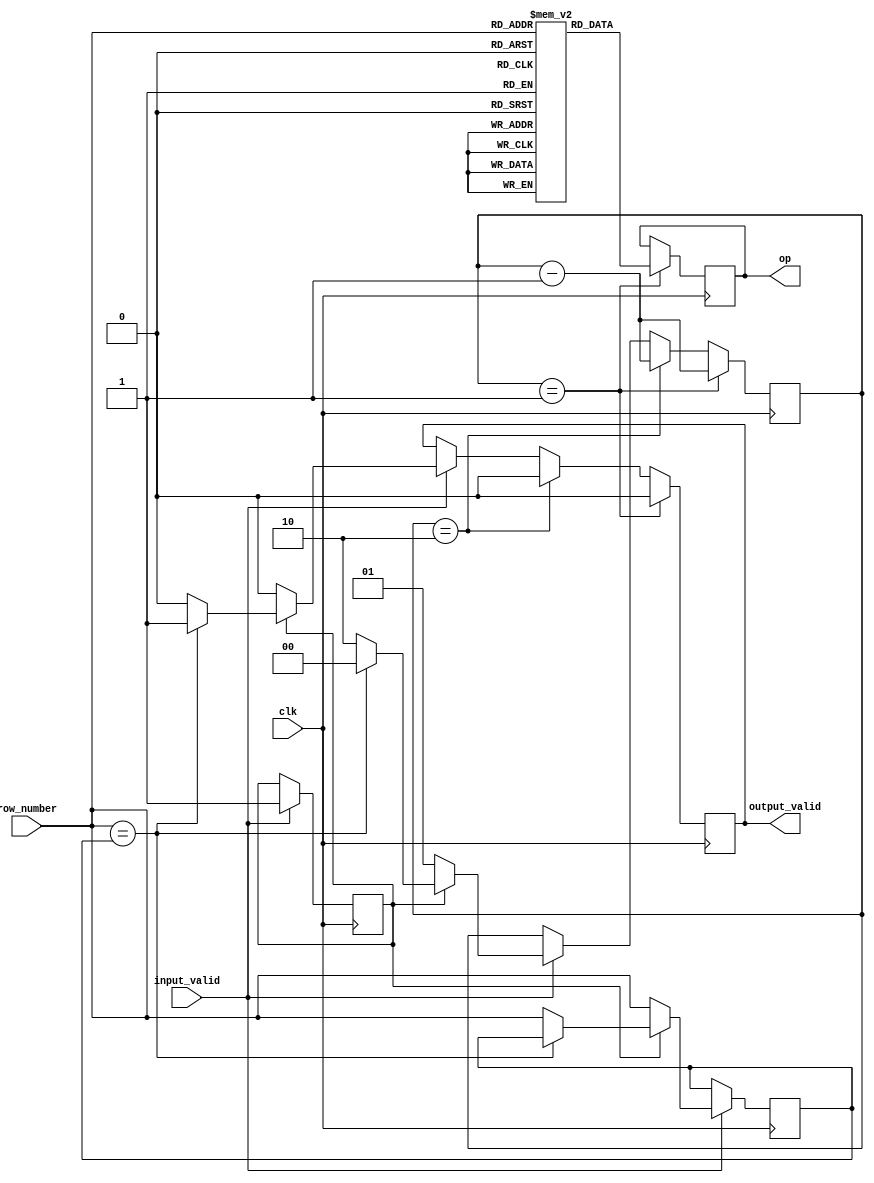
`define TICK #1

module read(clk,row_number,input_valid,op,output_valid);

    input clk,input_valid;
    input [3:0] row_number; //15 rows,thus we require 4 bits
    output output_valid;
    output [31:0] op;
    reg [31:0] op;
    reg output_valid;
    reg [31:0] r[0:15];
    reg [3:0] open_row_number=4'bz;
    reg [1:0] cycle=2'd0;
    reg is_open=1'b0;

    initial begin
        r[0]=32'd0;
        r[1]=32'd1;
        r[2]=32'd2;
        r[3]=32'd3;
        r[4]=32'd4;
        r[5]=32'd5;
        r[6]=32'd6;
        r[7]=32'd7;
        r[8]=32'd8;
        r[9]=32'd9;
        r[10]=32'd10;
        r[11]=32'd11;
        r[12]=32'd12;
        r[13]=32'd13;
        r[14]=32'd14;
        r[15]=32'd15;
    end
    
    always @(posedge clk) begin
        if(input_valid==1) begin
            if(is_open==1'b0) begin
                //one cycle later
                cycle<= `TICK 2'd1;
                output_valid<= `TICK 0;
                open_row_number<= `TICK row_number;
                is_open<=`TICK 1'b1;
            end
            else begin
                if(row_number==open_row_number) begin
                    //same cycle
                    cycle<= `TICK 2'd0;
                    output_valid<= `TICK 1;
                    // output_valid<= #1 0;
                end
                else begin
                    //two cycles later
                    cycle<= `TICK 2'd2;     
                    output_valid<= `TICK 0;   
                    open_row_number<= `TICK row_number; 
                end
            end
        end
        if(cycle==1) begin
            cycle<= `TICK cycle-1;
            op<= `TICK r[row_number];
            output_valid<= `TICK 1;
            output_valid<= `TICK 0;
        end
        else if(cycle==2) begin
            cycle<= `TICK cycle-1;
            output_valid<= `TICK 0;
        end
    end

endmodule